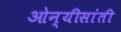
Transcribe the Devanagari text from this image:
ओन्यीसांती